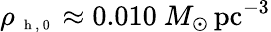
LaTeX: \rho_{\mathrm{~\scriptsize~h~,~0~}}\approx 0.010~M_{\odot}\, \mathrm{pc}^{-3}